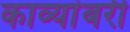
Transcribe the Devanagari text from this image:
काव्यांबरी